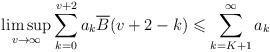
LaTeX: \begin{align*}\limsup\limits_{v\rightarrow\infty}\sum_{k=0}^{v+2}a_k\overline {B}(v+2-k) \leqslant\sum_{k=K+1}^{\infty}a_k\end{align*}